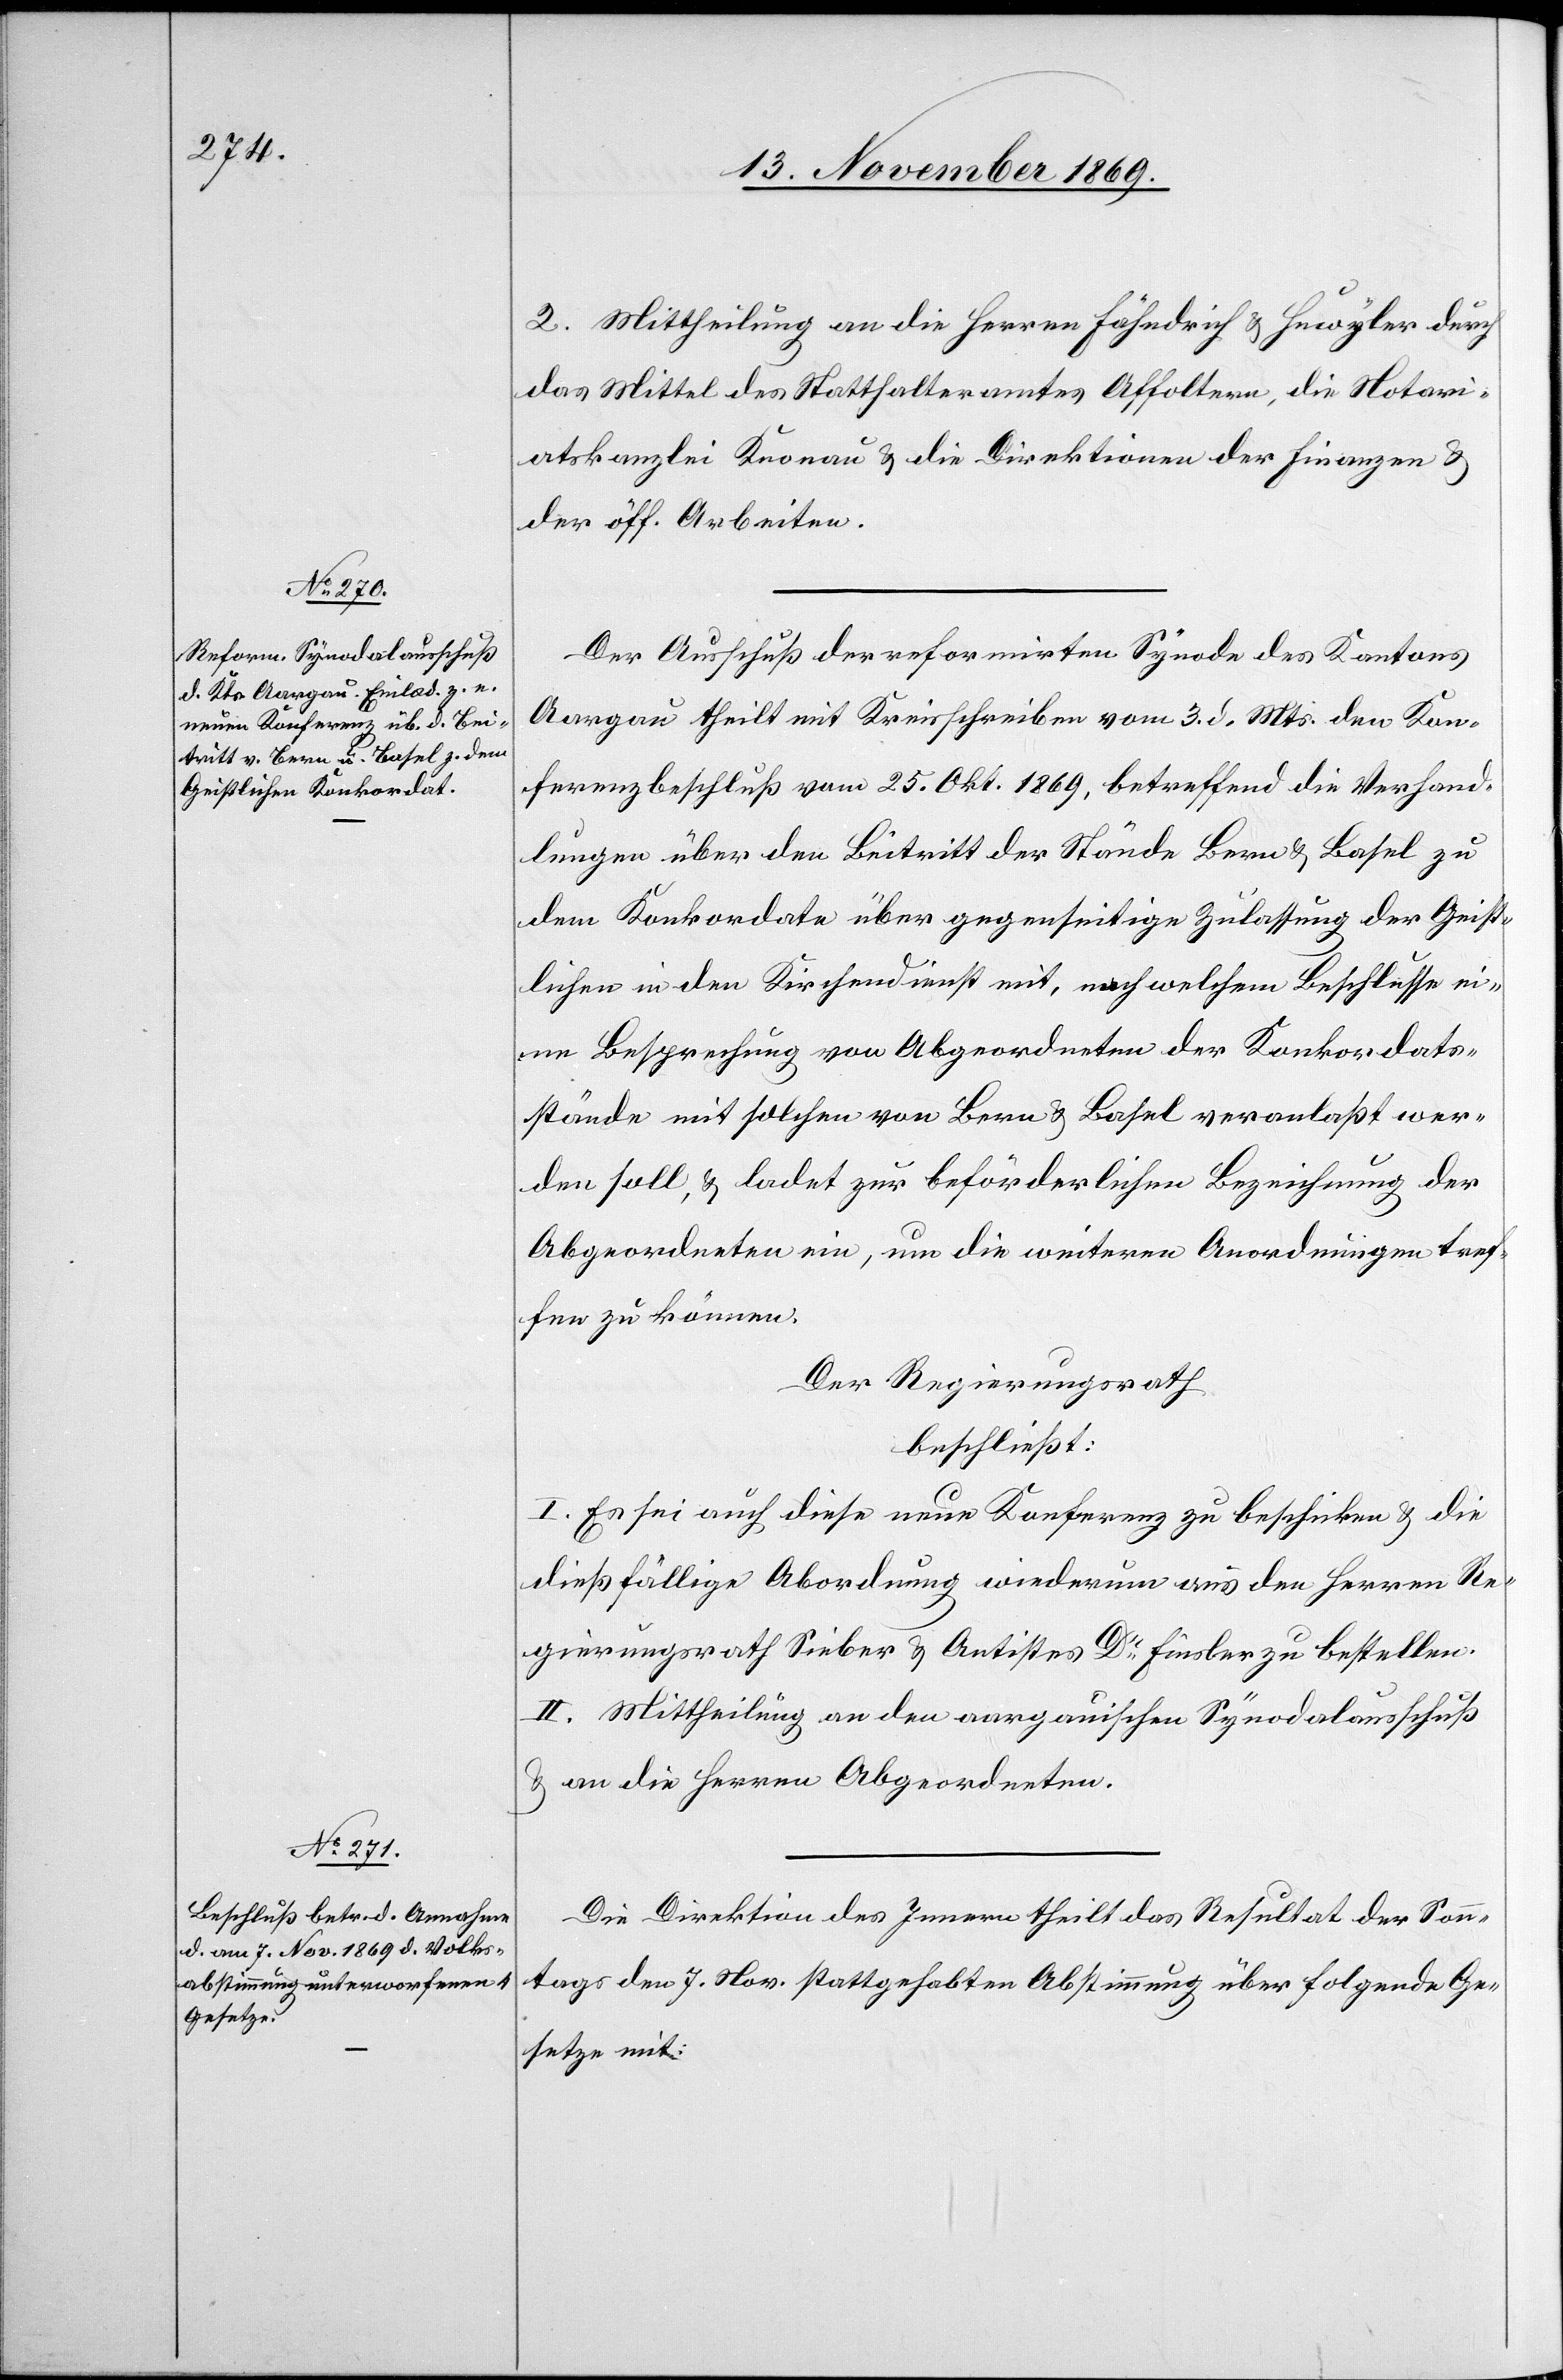
2. Mittheilung an die Herren Fähndrich & Huwyler durch
das Mittel des Statthalteramtes Affoltern, die Notari¬
atskanzlei Knonau & die Direktionen der Finanzen &
der öff. Arbeiten.
Der Ausschuß der reformirten Synode des Kantons
Aargau theilt mit Kreisschreiben vom 3. d. Mts. den Kon¬
ferenzbeschluß vom 25. Okt. 1869, betreffend die Verhand¬
lungen über den Beitritt der Stände Bern & Basel zu
dem Konkordate über gegenseitige Zulassung der Geist¬
lichen in den Kirchendienst mit, nach welchem Beschlusse ei¬
ne Besprechung von Abgeordneten der Konkordats¬
stände mit solchen von Bern & Basel veranlaßt wer¬
den soll, & ladet zur beförderlichen Bezeichnung der
Abgeordneten ein, um die weiteren Anordnungen tref¬
fen zu können.
Der Regierungsrath
beschließt:
I. Es sei auch diese neue Konferenz zu beschicken & die
dießfällige Abordnung wiederum aus den Herren Re¬
gierungsrath Sieber & Antistes Dr Finsler zu bestellen.
II. Mittheilung an den aargauischen Synodalausschuß
& an die Herren Abgeordneten.
Die Direktion des Innern theilt das Resultat der Son¬
ntags den 7. Nov. stattgehabten Abstimmung über folgende Ge¬
setze mit: